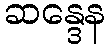
ဆန္ဒေန